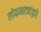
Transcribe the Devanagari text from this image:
लोकनाट्यांद्वारे